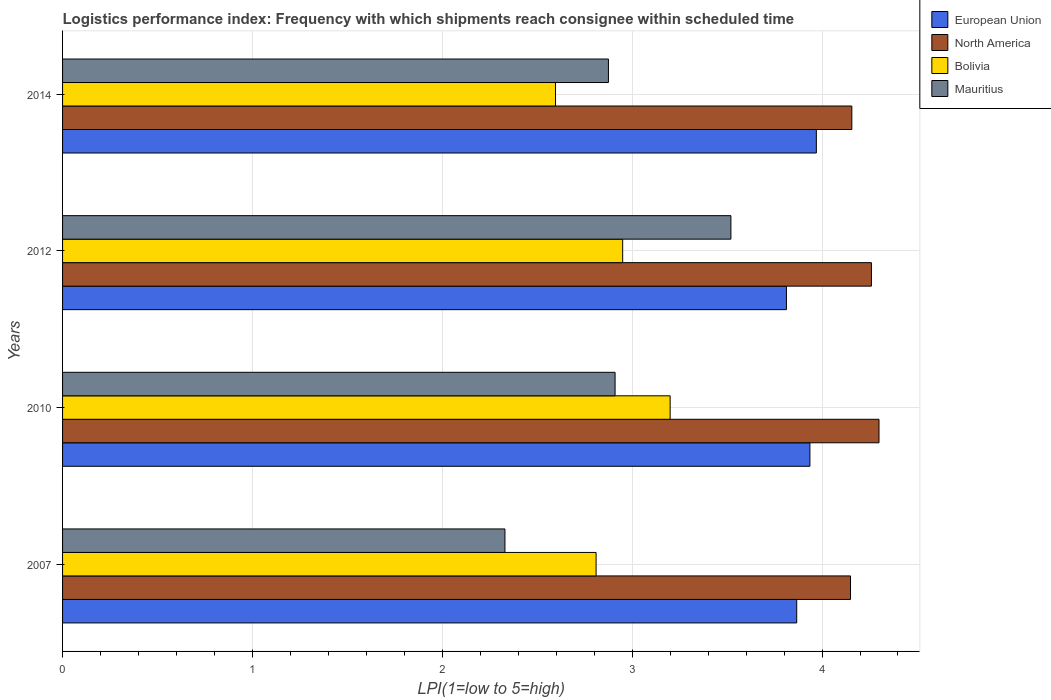
| Years | European Union | North America | Bolivia | Mauritius |
 | --- | --- | --- | --- | --- |
 | 2007 | 3.87 | 4.15 | 2.81 | 2.33 |
 | 2010 | 3.94 | 4.3 | 3.2 | 2.91 |
 | 2012 | 3.81 | 4.26 | 2.95 | 3.52 |
 | 2014 | 3.97 | 4.16 | 2.6 | 2.88 |